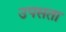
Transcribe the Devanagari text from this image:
उपसता